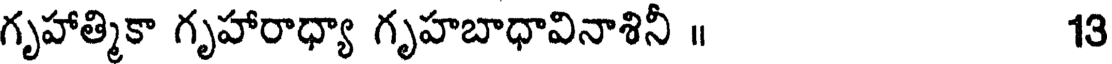
గృహాత్మికా గృహారాధ్యా గృహబాధావినాశినీ ॥ 13